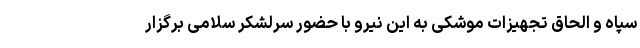
سپاه و الحاق تجهیزات موشکی به این نیرو با حضور سرلشکر سلامی برگزار